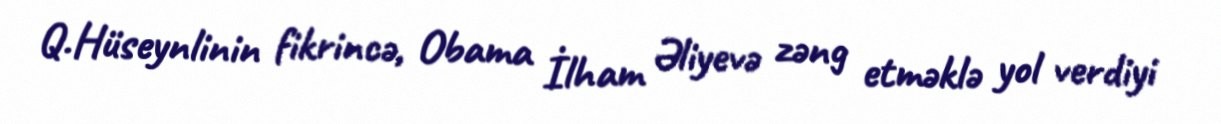
Q.Hüseynlinin fikrincə, Obama İlham Əliyevə zəng etməklə yol verdiyi